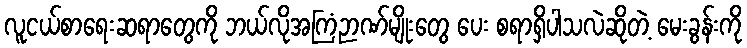
လူငယ်စာရေးဆရာတွေကို ဘယ်လိုအကြံဉာဏ်မျိုးတွေ ပေး စရာရှိပါသလဲဆိုတဲ့ မေးခွန်းကို